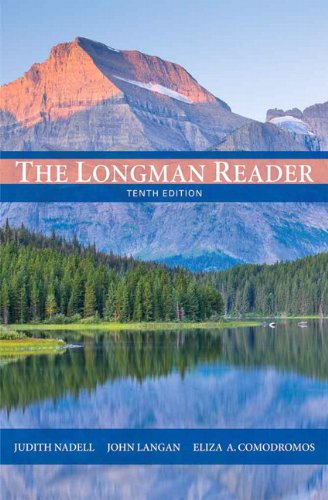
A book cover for The Longman Reader (10th Edition); Judith Nadell; Reference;